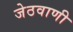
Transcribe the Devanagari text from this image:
जेठवाणी